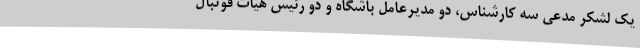
یک لشکر مدعی سه کارشناس، دو مدیرعامل باشگاه و دو رئیس هیات فوتبال